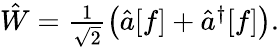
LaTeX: \begin{array}{r}{\hat{W}=\frac{1}{\sqrt{2}}\left(\hat{a}[f]+\hat{a}^{\dagger}[f]\right).}\end{array}